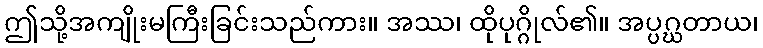
ဤသို့အကျိုးမကြီးခြင်းသည်ကား။ အဿ၊ ထိုပုဂ္ဂိုလ်၏။ အပ္ပဂ္ဃတာယ၊